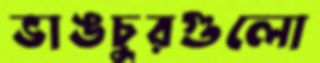
ভাঙচুরগুলো